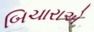
બિચારાએ